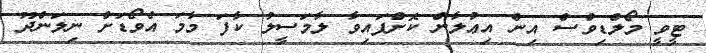
ޓީވީ މޯލްޑިވްސް އިން އިޢުލާން ކޮށްފައިވާ ލާމަސީލު ކާފަ މާމަ އެވޯޑަށް ނިލަންދޫ